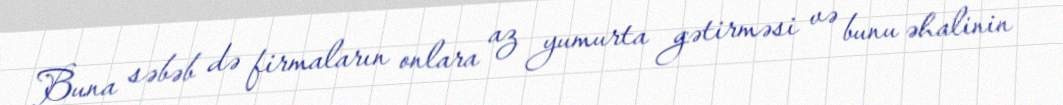
Buna səbəb də firmaların onlara az yumurta gətirməsi və bunu əhalinin